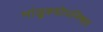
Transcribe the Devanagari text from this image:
मांडूक्योपनिषद